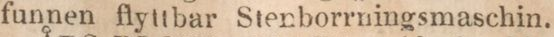
funnen flyttbar Stenborrningsmaschin.